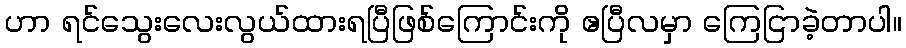
ဟာ ရင်သွေးလေးလွယ်ထားရပြီဖြစ်ကြောင်းကို ဧပြီလမှာ ကြေငြာခဲ့တာပါ။